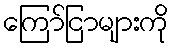
ကြော်ငြာများကို